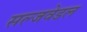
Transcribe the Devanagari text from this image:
सल्जवेडल